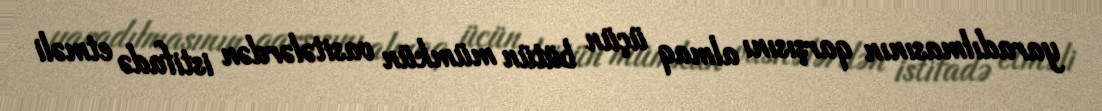
yaradılmasının qarşısını almaq üçün bütün mümkün vasitələrdən istifadə etməli